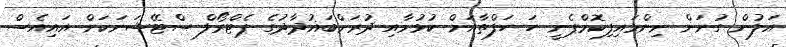
އަލުން ގުނަން ނިންމައިފިކޮމްޕެނީ ހަ ހަފްތާއަށް ކުޅުމާއި ދުރަށްބަޣުދާދުގެ ޕެޓްރޯލް ސްޓޭޝަނަކަށް އައިއެސް